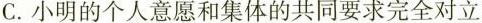
C.小明的个人意愿和集体的共同要求完全对立